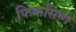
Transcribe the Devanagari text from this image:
फिकसिग्ग